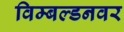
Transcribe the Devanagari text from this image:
विम्बल्डनवर